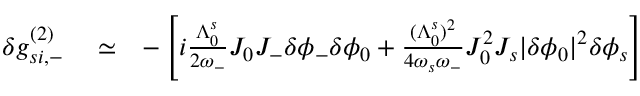
\begin{array} { r l r } { \delta g _ { s i , - } ^ { ( 2 ) } } & { { } \simeq } & { - \left[ i \frac { \Lambda _ { 0 } ^ { s } } { 2 \omega _ { - } } J _ { 0 } J _ { - } \delta \phi _ { - } \delta \phi _ { 0 } + \frac { ( \Lambda _ { 0 } ^ { s } ) ^ { 2 } } { 4 \omega _ { s } \omega _ { - } } J _ { 0 } ^ { 2 } J _ { s } | \delta \phi _ { 0 } | ^ { 2 } \delta \phi _ { s } \right] } \end{array}